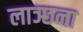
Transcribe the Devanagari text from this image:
लाञ्छना